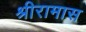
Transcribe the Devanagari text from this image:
श्रीरामास